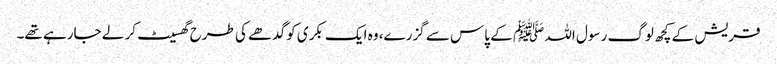
قریش کے کچھ لوگ رسول اللہ ﷺ کے پاس سے گزرے، وہ ایک بکری کو گدھے کی طرح گھسیٹ کر لے جارہے تھے۔